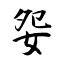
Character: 妴